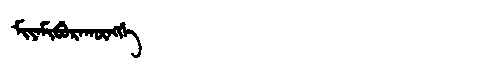
Manchu: ᠮᡳᠶᠠᠮᡳᠪᡠᡵᠠᡴᡡᠩᡤᡝ
Romanization: MIYAMIBURAKŪNGGE